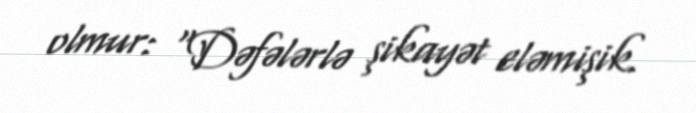
olmur: “Dəfələrlə şikayət eləmişik.